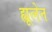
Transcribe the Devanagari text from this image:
ह्यूलेन